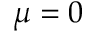
\mu = 0